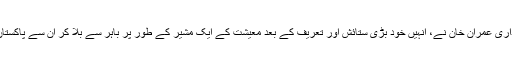
نئے وزیرِ اعظم یا یوں کہیے کہ مداری عمران خان نے، انہیں خود بڑی ستائش اور تعریف کے بعد معیشت کے ایک مشیر کے طور پر باہر سے بُلا کر ان سے پاکستان کی خدمت کی درخواست کی تھی۔